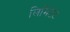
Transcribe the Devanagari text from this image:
लिमिटेट